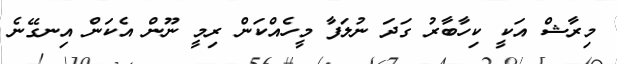
މިރާޝް އަކީ ކިހާބާރު ގަދަ ނުލަފާ މީހެއްކަން ރިމީ ނޫން އެކަން އިނގޭނެ